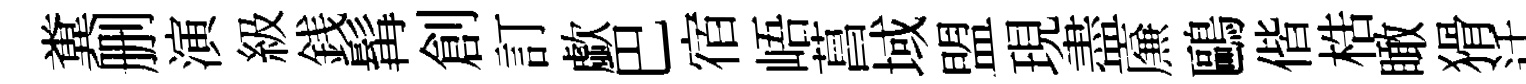
糞删演級銭髯創訂歔巴宿峿菖域盟現盡㢘鷗偕梏瞰猾迁